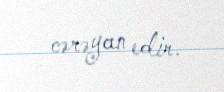
cərəyan edir.